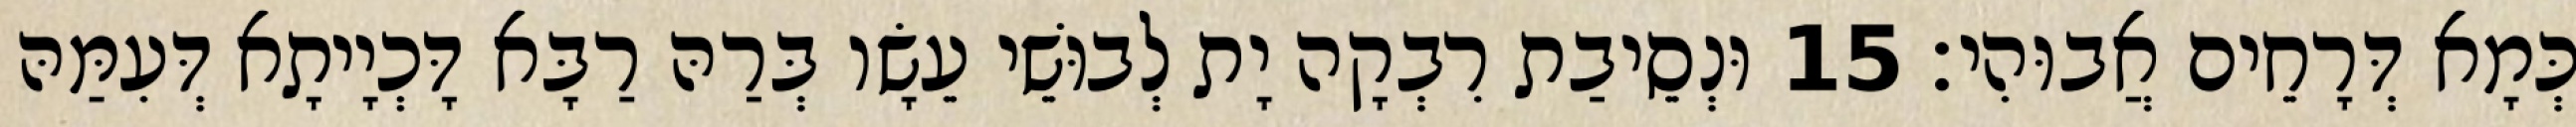
כְּמָא דְּרָחֵים אֲבוּהִי׃ 15 וּנְסֵיבַת רִבְקָה יָת לְבוּשֵׁי עֵשָׂו בְּרַהּ רַבָּא דָּכְיָיתָא דְּעִמַּהּ